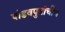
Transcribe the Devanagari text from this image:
पांडवपुत्रांचीच